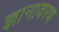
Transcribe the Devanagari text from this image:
ज्ञानावरण